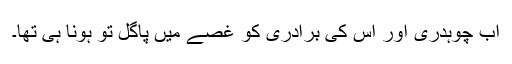
اب چوہدری اور اس کی برادری کو غصے میں پاگل تو ہونا ہی تھا۔